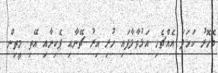
މޮހޮރު ކަހަލަ އެއްޗެހި އަޅުވާލާފައި ހުރި އިރު ޗޭނާއި ޕެކިނާއި އޭތި މީތިން